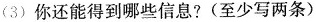
(3)你还能得到哪些信息？(至少写两条)